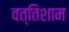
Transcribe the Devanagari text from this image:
वत्तिशाम